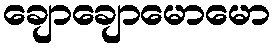
ချောချောမောမော